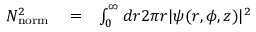
\begin{array} { r l r } { N _ { \mathrm { n o r m } } ^ { 2 } } & { { } = } & { \int _ { 0 } ^ { \infty } d r 2 \pi r | \psi ( r , \phi , z ) | ^ { 2 } } \end{array}